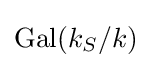
\operatorname {Gal} (k_{S}/k)